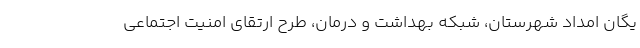
یگان امداد شهرستان، شبکه بهداشت و درمان، طرح ارتقای امنیت اجتماعی